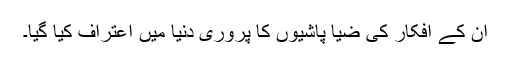
ان کے افکار کی ضیا پاشیوں کا پروری دنیا میں اعتراف کیا گیا۔